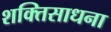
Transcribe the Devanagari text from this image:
शक्तिसाधना